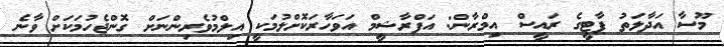
މޫސާ އަދާލަތު ޕާޓީގެ ރައީސް އިމްރާން: އަފްރާޝީމް އަވަހާރަކޮށްލުމަކީ އިލްމުވެރިންނަށް ގޮންޖެހުމަކަށް ވާނެ